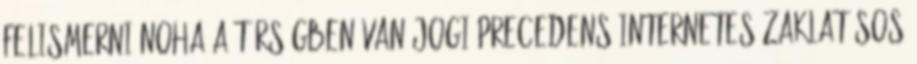
felismerni Noha a térségben van jogi precedens internetes zaklatásos